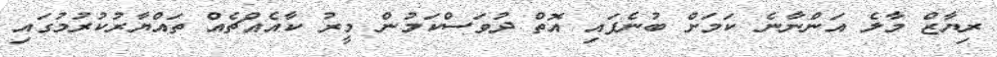
ރިޔާޒް މާލެ އަންނާނެ ކަމަށް ބުނެފައި އޮތް ދުވަސްކަމުން މީރު ކާއެއްޗެއް ތައްޔާރުކުރުމުގައި